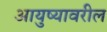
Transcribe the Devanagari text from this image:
आयुष्यावरील